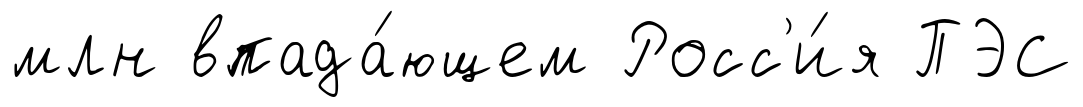
млн впада́ющем Росс'и́я ПЭС